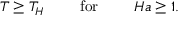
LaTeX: T \geq T _ { H } \ \ \ \ \ \ \ \mathrm { f o r } \ \ \ \ \ \ \ H a \geq 1 .